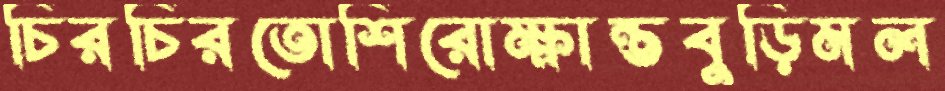
চিরচিরতোশিরোক্ষান্তবুড়িমল